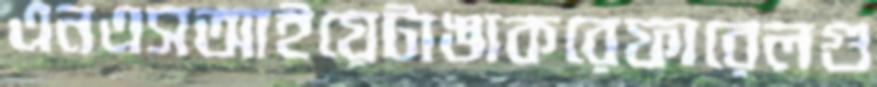
এনএসআইয়েটাঙাকরেফারেলগু